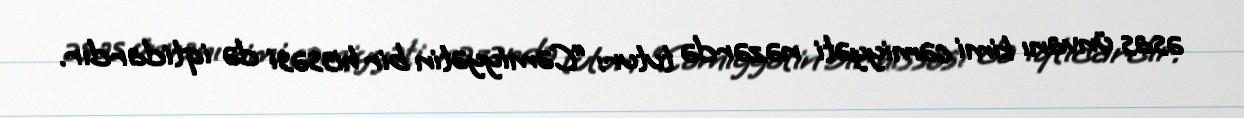
əsas ünvanı kimi cəmiyyəti nəzərdə tutur: “Cəmiyyətin bir hissəsi də iqtidardır.